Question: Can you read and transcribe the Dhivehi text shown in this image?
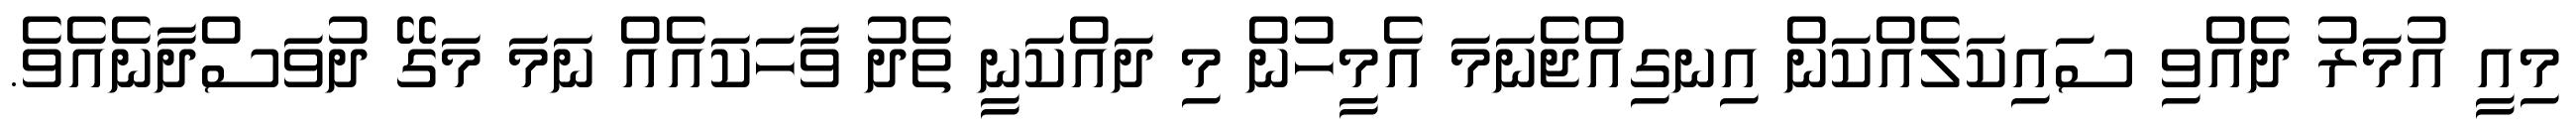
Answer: މިއީ އުމަރު ދެއްވި ސައިކަލެއްކަން އިނގިއްޖެނަމަ އެމީހުން މި ދައްކަނީ ތެދު ވާހަކައެއް ނަމަ މަގޭ ދުވަސްދާނެއެވެ.